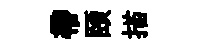
帶頤描